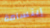
إبتسامة